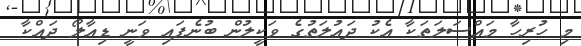
މި ހުރިހާ މައްސަލަތަކާ އެކު ދައުލަތުގެ ވަކީލުން ބުނެފައި ވަނީ ޑިއާލޯ ދައްކާ